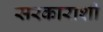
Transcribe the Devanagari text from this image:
सरकाराशी